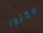
فكتور